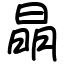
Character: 𣇵